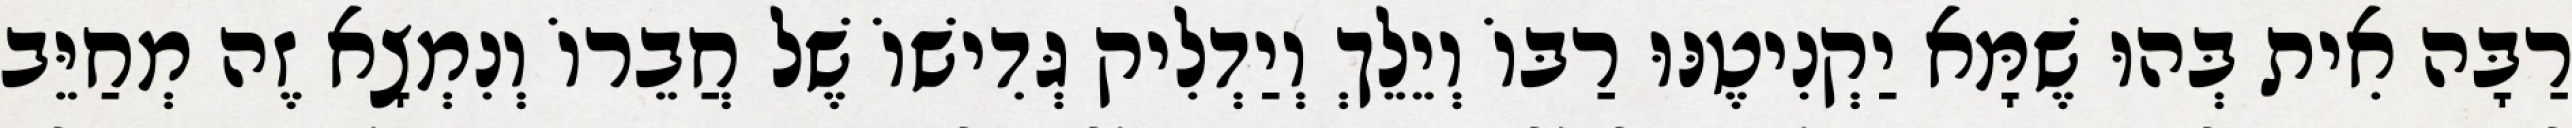
רַבָּה אִית בְּהוּ שֶׁמָּא יַקְנִיטֶנּוּ רַבּוֹ וְיֵלֵךְ וְיַדְלִיק גְּדִישׁוֹ שֶׁל חֲבֵרוֹ וְנִמְצָא זֶה מְחַיֵּב